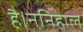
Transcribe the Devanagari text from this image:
है।ननिहाल